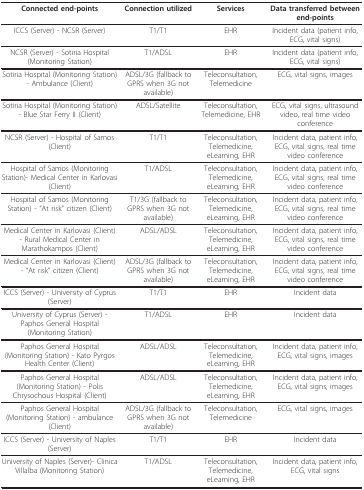
<table><thead><tr><td><b>Connected end-points</b></td><td><b>Connection utilized</b></td><td><b>Services</b></td><td><b>Data transferred between end-points</b></td></tr></thead><tbody><tr><td>ICCS (Server) - NCSR (Server)</td><td>T1/T1</td><td>EHR</td><td>Incident data (patient info, ECG, vital signs)</td></tr><tr><td>NCSR (Server) - Sotiria Hospital (Monitoring Station)</td><td>T1/ADSL</td><td>EHR</td><td>Incident data (patient info, ECG, vital signs)</td></tr><tr><td>Sotiria Hospital (Monitoring Station) - Ambulance (Client)</td><td>ADSL/3G (fallback to GPRS when 3G not available)</td><td>Teleconsultation, Telemedicine</td><td>ECG, vital signs, images</td></tr><tr><td>Sotiria Hospital (Monitoring Station) - Blue Star Ferry II (Client)</td><td>ADSL/Satellite</td><td>Teleconsultation, Telemedicine, EHR</td><td>ECG, vital signs, ultrasound video, real time video conference</td></tr><tr><td>NCSR (Server) - Hospital of Samos (Client)</td><td>T1/T1</td><td>Teleconsultation, Telemedicine, eLearning, EHR</td><td>Incident data, patient info, ECG, vital signs, real time video conference</td></tr><tr><td>Hospital of Samos (Monitoring Station)- Medical Center in Karlovasi (Client)</td><td>T1/ADSL</td><td>Teleconsultation, Telemedicine, eLearning, EHR</td><td>Incident data, patient info, ECG, vital signs, real time video conference</td></tr><tr><td>Hospital of Samos (Monitoring Station) - &quot;At risk&quot; citizen (Client)</td><td>T1/3G (fallback to GPRS when 3G not available)</td><td>Teleconsultation, Telemedicine, eLearning, EHR</td><td>Incident data, patient info, ECG, vital signs, real time video conference</td></tr><tr><td>Medical Center in Karlovasi (Client) - Rural Medical Center in Marathokampos (Client)</td><td>ADSL/ADSL</td><td>Teleconsultation, Telemedicine, eLearning, EHR</td><td>Incident data, patient info, ECG, vital signs, real time video conference</td></tr><tr><td>Medical Center in Karlovasi (Client) - &quot;At risk&quot; citizen (Client)</td><td>ADSL/3G (fallback to GPRS when 3G not available)</td><td>Teleconsultation, Telemedicine, eLearning, EHR</td><td>Incident data, patient info, ECG, vital signs, real time video conference</td></tr><tr><td>ICCS (Server) - University of Cyprus (Server)</td><td>T1/T1</td><td>EHR</td><td>Incident data</td></tr><tr><td>University of Cyprus (Server) - Paphos General Hospital (Monitoring Station)</td><td>T1/ADSL</td><td>EHR</td><td>Incident data</td></tr><tr><td>Paphos General Hospital (Monitoring Station) - Kato Pyrgos Health Center (Client)</td><td>ADSL/ADSL</td><td>Teleconsultation, Telemedicine, eLearning, EHR</td><td>Incident data, patient info, ECG, vital signs, images</td></tr><tr><td>Paphos General Hospital (Monitoring Station) - Polis Chrysochous Hospital (Client)</td><td>ADSL/ADSL</td><td>Teleconsultation, Telemedicine, eLearning, EHR</td><td>Incident data, patient info, ECG, vital signs, images</td></tr><tr><td>Paphos General Hospital (Monitoring Station) - ambulance (Client)</td><td>ADSL/3G (fallback to GPRS when 3G not available)</td><td>Teleconsultation, Telemedicine</td><td>ECG, vital signs, images</td></tr><tr><td>ICCS (Server) - University of Naples (Server)</td><td>T1/T1</td><td>EHR</td><td>Incident data</td></tr><tr><td>University of Naples (Server)- Clinica Villalba (Monitoring Station)</td><td>T1/ADSL</td><td>Teleconsultation, Telemedicine, eLearning, EHR</td><td>Incident data, patient info, ECG, vital signs</td></tr></tbody></table>